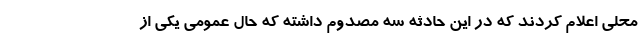
محلی اعلام کردند که در این حادثه سه مصدوم داشته که حال عمومی یکی از